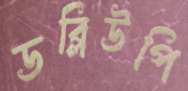
ডব্লিউপি